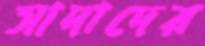
সাদাদের